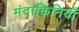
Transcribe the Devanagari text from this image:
मंदाकिनियाँ